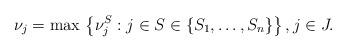
LaTeX: \begin{align*}\nu_j = \max \, \left\{\nu^{S}_j: j \in S \in \{S_1, \ldots, S_n\}\right\}, j \in J.\end{align*}